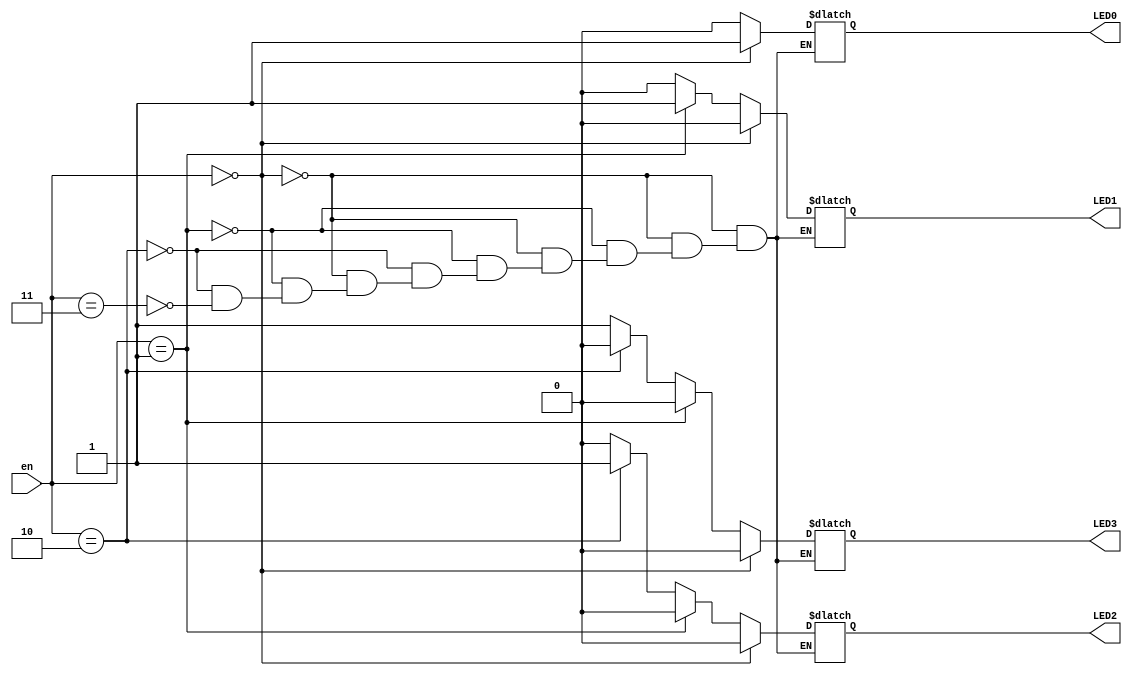
module LED_test(en, LED0, LED1, LED2, LED3);
	input [1:0] en;
	output reg LED0, LED1, LED2, LED3;
	
	always @(en) begin
		if (en == 2'b00) begin
			LED0 = 1;
			LED1 = 0;
			LED2 = 0;
			LED3 = 0;
		end
		else if (en == 2'b01) begin 
			LED0 = 0;
			LED1 = 1;
			LED2 = 0;
			LED3 = 0;
		end 
		else if (en == 2'b10) begin
			LED0 = 0;
			LED1 = 0;
			LED2 = 1;
			LED3 = 0;
		end 
		else if (en == 2'b11) begin
			LED0 = 0;
			LED1 = 0;
			LED2 = 0;
			LED3 = 1;
		end 
	end
endmodule